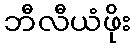
ဘီလီယံဖိုး